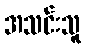
အသင်းသူ